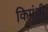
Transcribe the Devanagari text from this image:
किमंथी